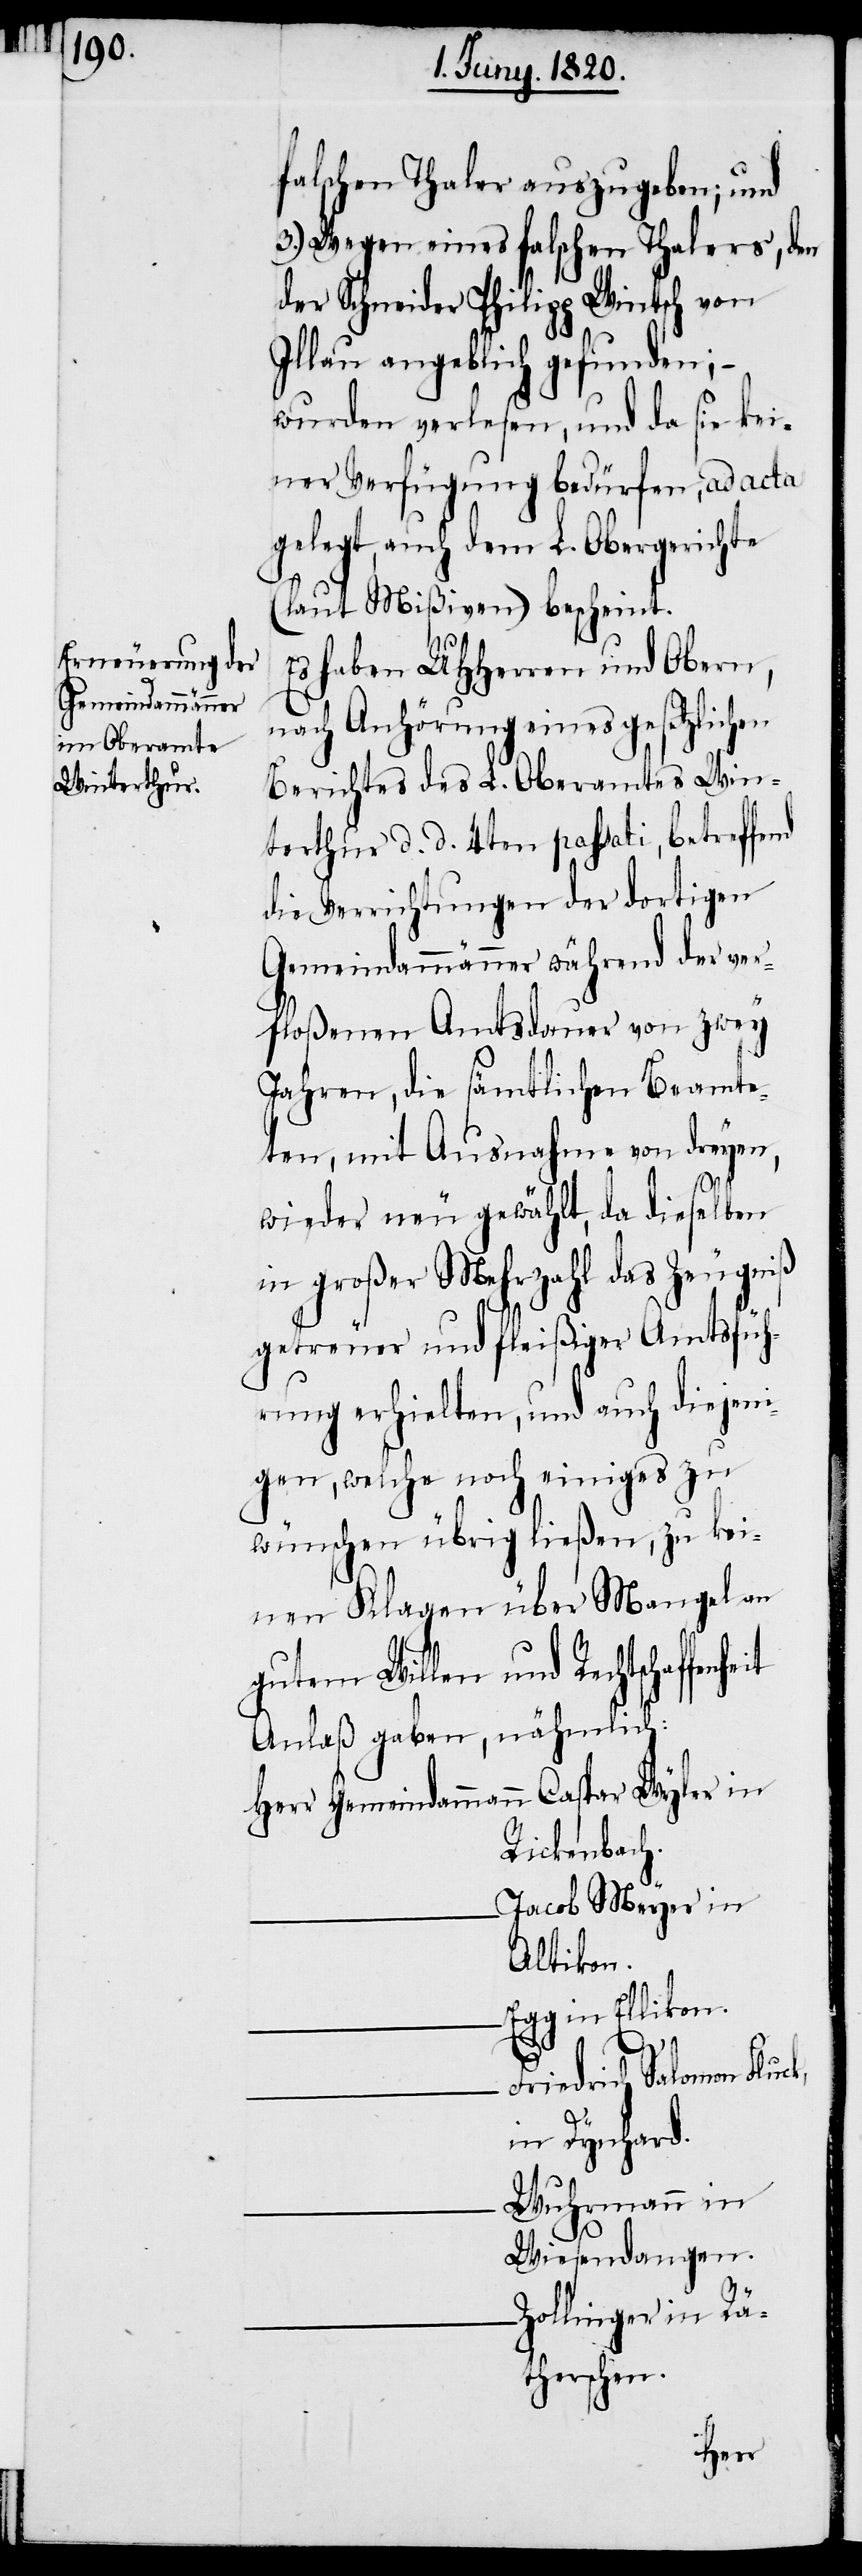
L. Oberamtes

falschen Thaler auszugeben; und
3.) Wegen eines falschen Thalers, den
der Schneider Philipp Wintsch von
Illau angeblich gefunden;–
wurden verlesen, und da sie kei¬
ner Verfügung bedürfen, ad acta
gelegt, auch dem L. Obergerichte
(laut Mißiven) bescheint.
Es haben UHherren und Obern,
nach Anhörung eines gesetzlichen
nterthur d. d. 4ten passati, betreffend
die Verrichtungen der dortigen
Gemeindammänner während der ver¬
floßenen Amtsdauer von zwey
Jahren, die sämtlichen Beamte¬
ten, mit Ausnahme von dreyen,
wieder neu gewählt, da dieselben
in großer Mehrzahl das Zeugniß
getreuer und fleißiger Amtsfüh¬
rung erhielten, und auch diejeni¬
gen, welche noch einiges zu
wünschen übrig ließen, zu kei¬
nen Klagen über Mangel an
gutem Willen und Rechtschaffen¬
Anlaß gaben, nähmlich:
Herr Gemeindammann	Caspar Wyler in
Rickenbach.
Jacob Meyer in
Altikon.
in Ellikon.
heit
Friedrich Salomon Fluck,
in Dynhard.
Wuhrmann in
Wiesendangen.
Zollinger in Rä¬
therschen.